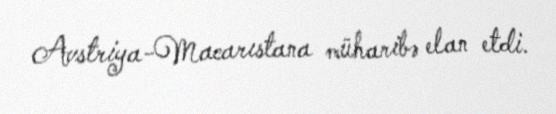
Avstriya-Macarıstana müharibə elan etdi.